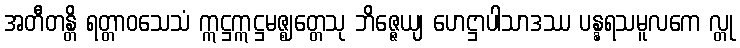
အတီတန္တိ ရတ္တာဝသေသံ ဣဋ္ဌဣဋ္ဌမဇ္ဈတ္တေသု ဘိဇ္ဇေယျ ဟေဋ္ဌာပါသာဒဿ ပန္နရသမူလကေ လ္တု